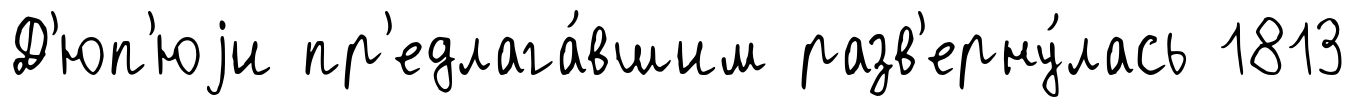
Д'юп'юjи пр'едлага́вшим разв'ерну́лась 1813